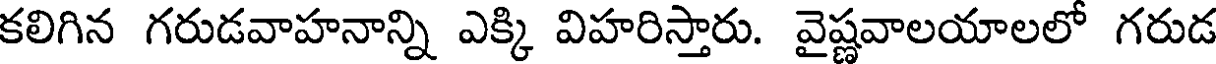
కలిగిన గరుడవాహనాన్ని ఎక్కి విహరిస్తారు. వైష్ణవాలయాలలో గరుడ